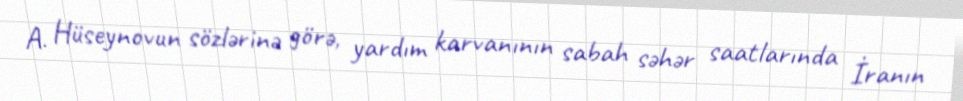
A. Hüseynovun sözlərinə görə, yardım karvanının sabah səhər saatlarında İranın